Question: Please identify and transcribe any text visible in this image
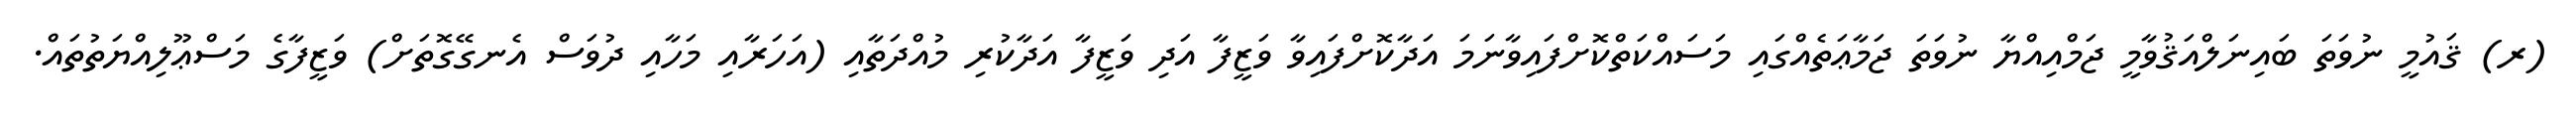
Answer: (ރ) ޤައުމީ ނުވަތަ ބައިނަލްއަޤުވާމީ ޖަމްއިއްޔާ ނުވަތަ ޖަމާޢަތެއްގައި މަސައްކަތްކޮށްފައިވާނަމަ އަދާކޮށްފައިވާ ވަޒީފާ އަދި ވަޒީފާ އަދާކުރި މުއްދަތާއި (އަހަރާއި މަހާއި ދުވަސް އެނގޭގޮތަށް) ވަޒީފާގެ މަސްޢޫލިއްޔަތުތައް.